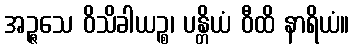
အဉ္ဇသေ ဝိသိခါယဉ္စ၊ ပန္တိယံ ဝီထိ နာရိယံ။